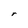
Character: r